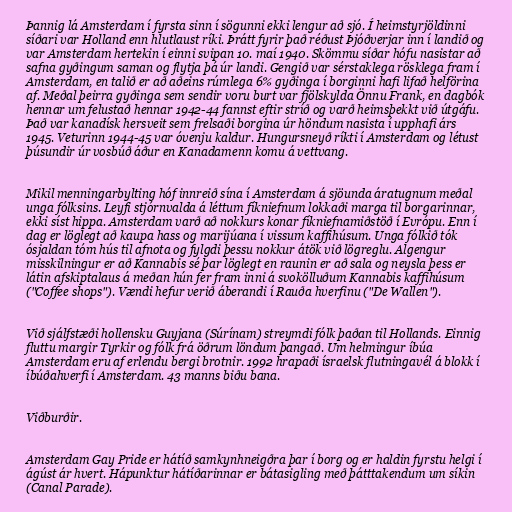
Þannig lá Amsterdam í fyrsta sinn í sögunni ekki lengur að sjó. Í heimstyrjöldinni
síðari var Holland enn hlutlaust ríki. Þrátt fyrir það réðust Þjóðverjar inn í landið og
var Amsterdam hertekin í einni svipan 10. maí 1940. Skömmu síðar hófu nasistar að
safna gyðingum saman og flytja þá úr landi. Gengið var sérstaklega rösklega fram í
Amsterdam, en talið er að aðeins rúmlega 6% gyðinga í borginni hafi lifað helförina
af. Meðal þeirra gyðinga sem sendir voru burt var fjölskylda Önnu Frank, en dagbók
hennar um felustað hennar 1942-44 fannst eftir stríð og varð heimsþekkt við útgáfu.
Það var kanadísk hersveit sem frelsaði borgina úr höndum nasista í upphafi árs
1945. Veturinn 1944-45 var óvenju kaldur. Hungursneyð ríkti í Amsterdam og létust
þúsundir úr vosbúð áður en Kanadamenn komu á vettvang.

Mikil menningarbylting hóf innreið sína í Amsterdam á sjöunda áratugnum meðal
unga fólksins. Leyfi stjórnvalda á léttum fíkniefnum lokkaði marga til borgarinnar,
ekki síst hippa. Amsterdam varð að nokkurs konar fíkniefnamiðstöð í Evrópu. Enn í
dag er löglegt að kaupa hass og marijúana í vissum kaffihúsum. Unga fólkið tók
ósjaldan tóm hús til afnota og fylgdi þessu nokkur átök við lögreglu. Algengur
misskilningur er að Kannabis sé þar löglegt en raunin er að sala og neysla þess er
látin afskiptalaus á meðan hún fer fram inni á svokölluðum Kannabis kaffihúsum
("Coffee shops"). Vændi hefur verið áberandi í Rauða hverfinu ("De Wallen").

Við sjálfstæði hollensku Guyjana (Súrínam) streymdi fólk þaðan til Hollands. Einnig
fluttu margir Tyrkir og fólk frá öðrum löndum þangað. Um helmingur íbúa
Amsterdam eru af erlendu bergi brotnir. 1992 hrapaði ísraelsk flutningavél á blokk í
íbúðahverfi í Amsterdam. 43 manns biðu bana.

Viðburðir.

Amsterdam Gay Pride er hátíð samkynhneigðra þar í borg og er haldin fyrstu helgi í
ágúst ár hvert. Hápunktur hátíðarinnar er bátasigling með þátttakendum um síkin
(Canal Parade).